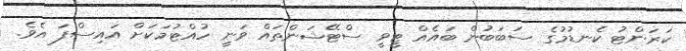
ކަރަންޓު ކެނޑުމުގެ ސަބަބުން ބައެއް ޓީވީ ސްޓޭޝަންތައް ވަނީ ހުއްޓުމަކަށް އައިސްފަ އެވެ.